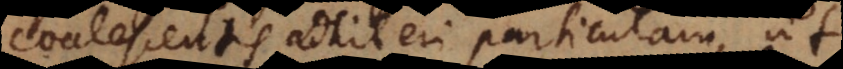
coalescentis adhiberi particulam, ut